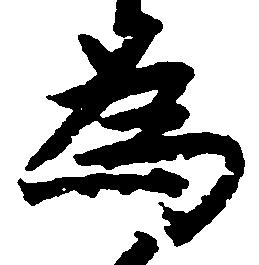
為